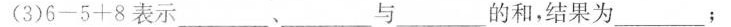
(3)$$6 - 5 + 8$$表示___、___与___的和，结果为___；